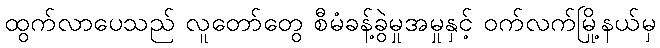
ထွက်လာပေသည် လူတော်တွေ စီမံခန့်ခွဲမှုအမှုနှင့် ဝက်လက်မြို့နယ်မှ